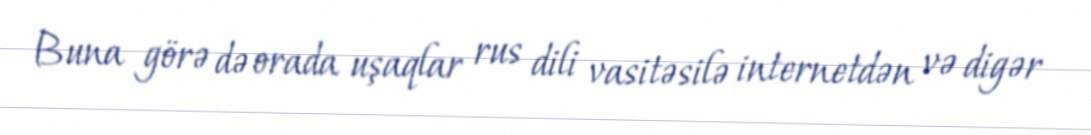
Buna görə də orada uşaqlar rus dili vasitəsilə internetdən və digər